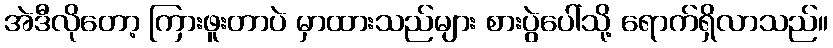
အဲဒီလိုတော့ ကြားဖူးတာပဲ မှာထားသည်များ စားပွဲပေါ်သို့ ရောက်ရှိလာသည်။